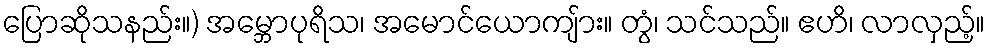
ပြောဆိုသနည်း။) အမ္ဘောပုရိသ၊ အမောင်ယောကျ်ား။ တွံ၊ သင်သည်။ ဧဟိ၊ လာလှည့်။